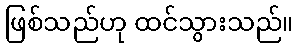
ဖြစ်သည်ဟု ထင်သွားသည်။